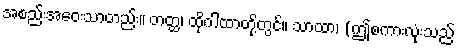
အစည်းအဝေးသာတည်း။ တတ္ထ၊ ထိုဂါထာတို့တွင်။ သာထာ၊ (ဤစကားလုံးသည်